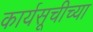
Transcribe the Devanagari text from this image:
कार्यसूचीच्या